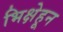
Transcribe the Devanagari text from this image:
भिक्षेहून